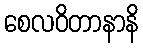
စေလဝိတာနာနိ